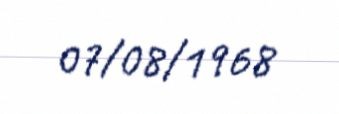
07/08/1968